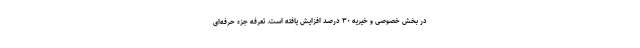
در بخش خصوصی و خیریه ۳۰ درصد افزایش یافته است. تعرفه جزء حرفه‌ای